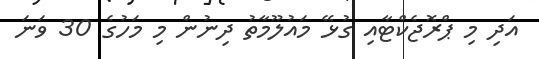
އަދި މި ޕްރޮޖެކްޓާއި ގުޅޭ މައުލޫމާތު ދިނުން މި މަހުގެ 30 ވަނަ